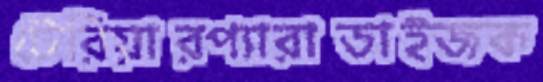
টেরিয়ারপ্যারাডাইজক